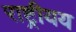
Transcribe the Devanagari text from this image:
राष्ट्रीयय